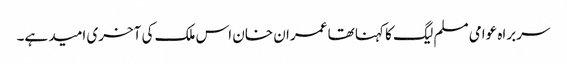
سربراہ عوامی مسلم لیگ کا کہنا تھا عمران خان اس ملک کی آخری امید ہے۔